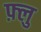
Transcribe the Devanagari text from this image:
फ़्लु